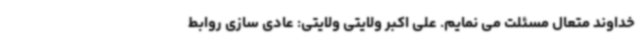
خداوند متعال مسئلت می نمایم. علی اکبر ولایتی ولایتی: عادی سازی روابط